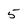
Character: 5